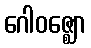
ဂေါဝဇ္ဈော